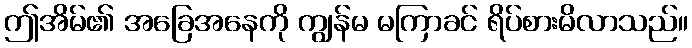
ဤအိမ်၏ အခြေအနေကို ကျွန်မ မကြာခင် ရိပ်စားမိလာသည်။